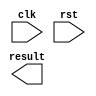
// <Student_ID> <Name>

// e.g. 109012345 
// Add your ID and name to FIRST line of file, or you will get 5 points penalty
module exam1_B(
    input wire clk,
    input wire rst,
    output reg signed [19:0] result // You can modify "reg" to "wire" if needed
);
    //Your design here

endmodule

// You can add any module you need.
// Make sure you include all modules you used in this problem.